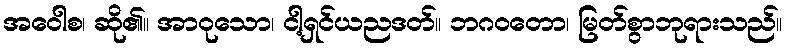
အဝေါစ၊ ဆို၏။ အာဝုသော၊ ငါ့ရှင်ယညဒတ်။ ဘဂဝတော၊ မြတ်စွာဘုရားသည်။